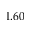
1 . 6 0